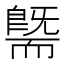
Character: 𰭯